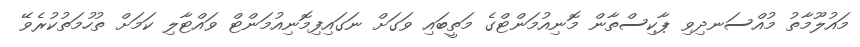
މައުލޫމާތު މުއްސަނދިވި ޕާކިސްތާން މޮނިއުމަންޓްގެ މަތީބައި ވަގަށް ނަގައިފިމޮނިއުމަންޓް ވައްޓާލި ކަމަށް ތުހުމަތުކުރެވޭ